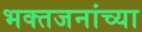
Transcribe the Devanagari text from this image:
भक्तजनांच्या